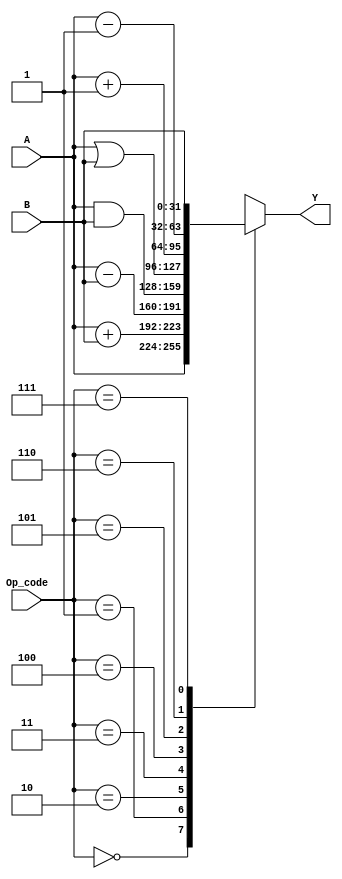
module ALU ( 
  input [2:0] Op_code,
  input [31:0] A, B,
  output reg [31:0] Y
);

always@(A,B,Op_code)
begin
case(Op_code)
  3'b000 : Y =A;
  3'b001 : Y =A+B;
  3'b010 : Y = A-B;
  3'b011 : Y = A&B;
  3'b100 : Y= A|B;
  3'b101 : Y =A+1;
  3'b110 : Y=A-1;
  3'b111 : Y=B;
  default : Y=32'bzzzzzzzzzzzzzzzzzzzzzzzzzzzzzzzz;
endcase
end
endmodule